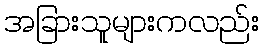
အခြားသူများကလည်း